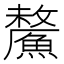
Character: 𩺸